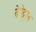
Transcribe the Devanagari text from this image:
बेनेट्टोन